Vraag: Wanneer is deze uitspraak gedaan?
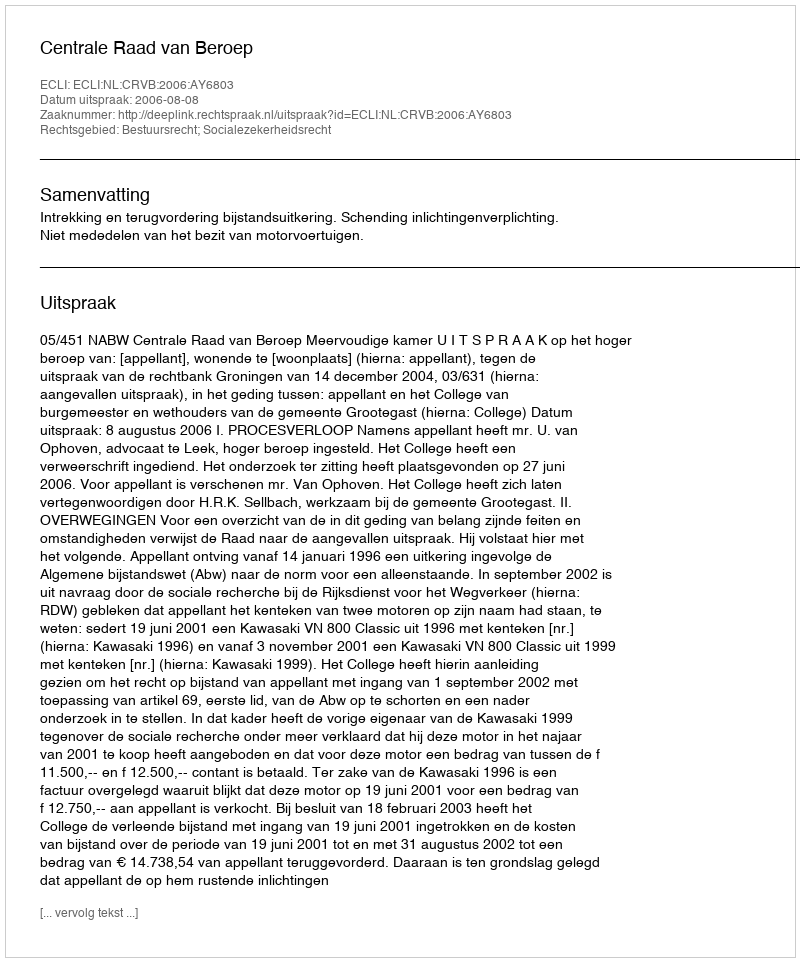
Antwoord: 2006-08-08